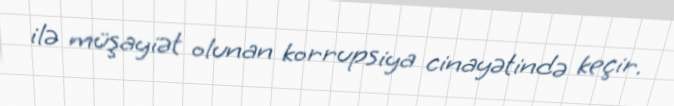
ilə müşayiət olunan korrupsiya cinayətində keçir.